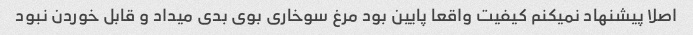
اصلا پیشنهاد نمیکنم کیفیت واقعا پایین بود مرغ سوخاری بوی بدی میداد و قابل خوردن نبود